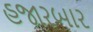
હજારબાર